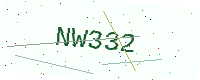
Text: NW332